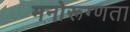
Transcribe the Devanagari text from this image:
मनोरूग्णता